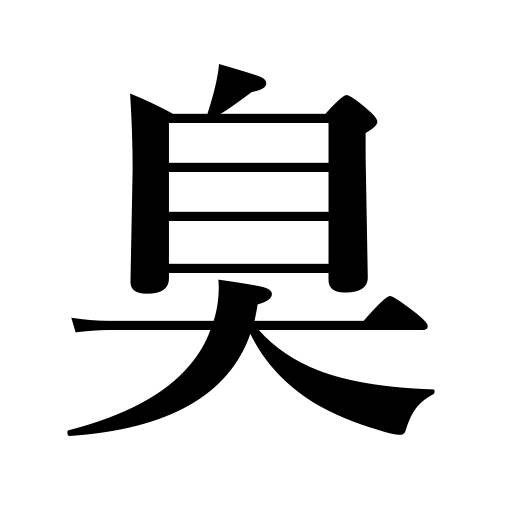
Meanings: suspicious-looking,aroma,stench,ill-smelling,smell,perfume,fragrance,scent,odor,savor